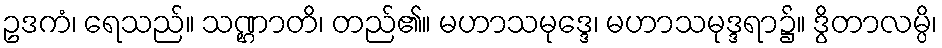
ဥဒကံ၊ ရေသည်။ သဏ္ဌာတိ၊ တည်၏။ မဟာသမုဒ္ဒေ၊ မဟာသမုဒ္ဒရာ၌။ ဒွိတာလမ္ပိ၊